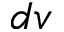
d v